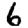
Digit: 6